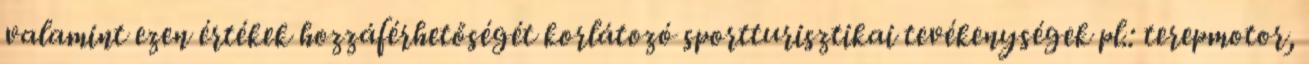
valamint ezen értékek hozzáférhetőségét korlátozó sportturisztikai tevékenységek pl.: terepmotor,